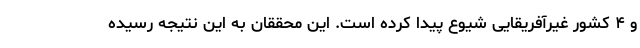
و ۴ کشور غیرآفریقایی شیوع پیدا کرده است. این محققان به این نتیجه رسیده